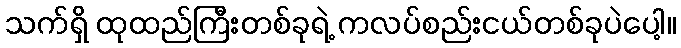
သက်ရှိ ထုထည်ကြီးတစ်ခုရဲ့ ကလပ်စည်းငယ်တစ်ခုပဲပေါ့။